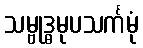
သမ္ဗုဒ္ဓမုပသင်္ကမုံ